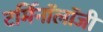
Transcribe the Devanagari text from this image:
टर्मिनाॅलाॅजी